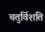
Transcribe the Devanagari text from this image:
चतुर्विशति